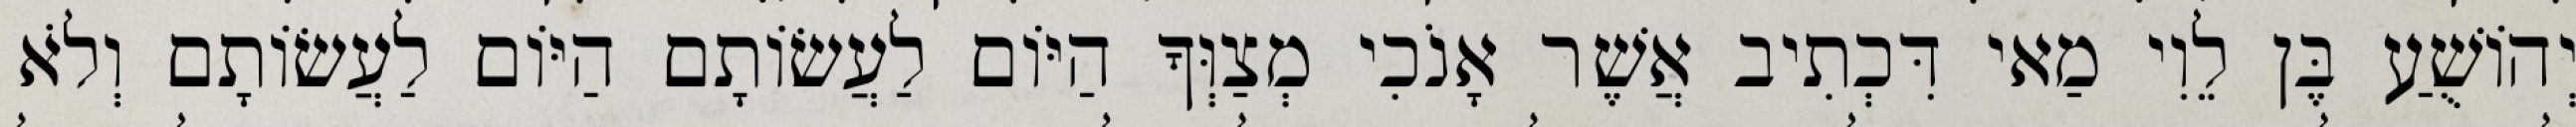
יְהוֹשֻׁעַ בֶּן לֵוִי מַאי דִּכְתִיב אֲשֶׁר אָנֹכִי מְצַוְּךָ הַיּוֹם לַעֲשׂוֹתָם הַיּוֹם לַעֲשׂוֹתָם וְלֹא